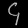
Digit: ၄